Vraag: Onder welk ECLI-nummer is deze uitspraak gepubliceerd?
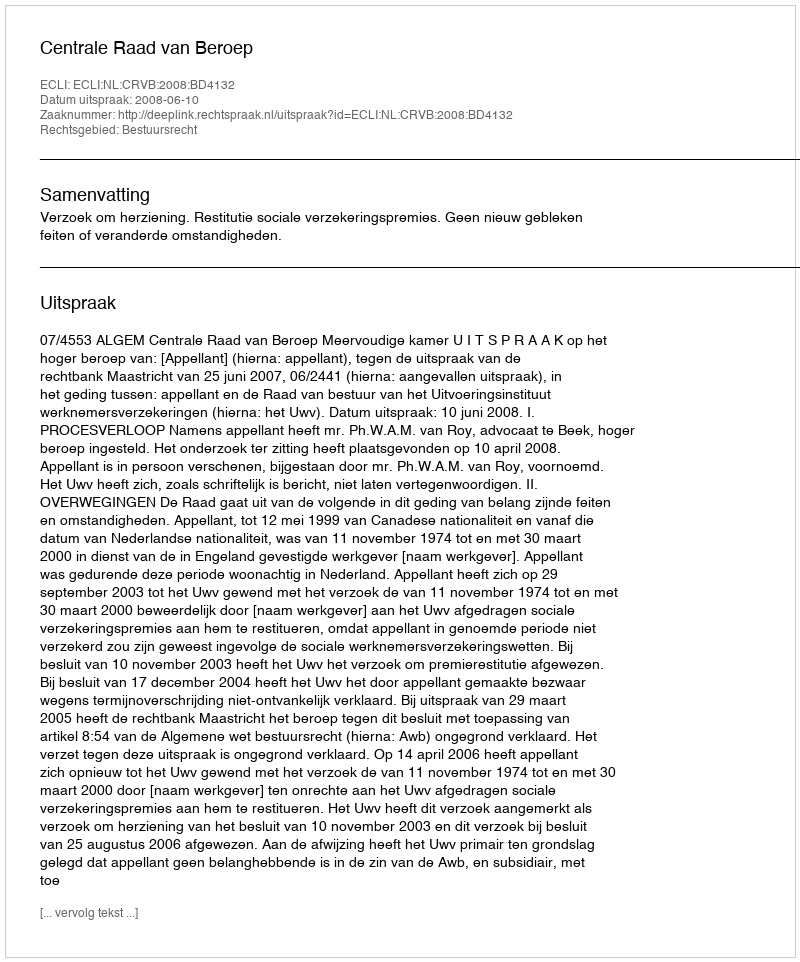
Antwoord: ECLI:NL:CRVB:2008:BD4132